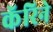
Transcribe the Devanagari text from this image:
कॅरिने